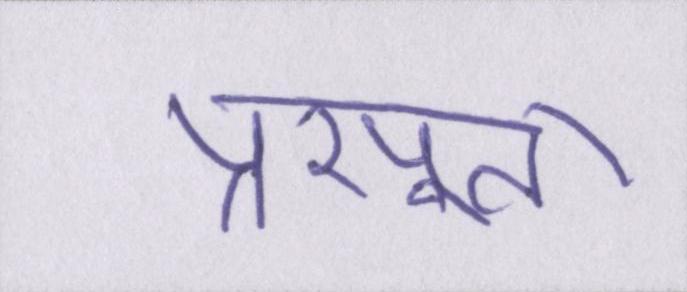
प्रसूता